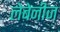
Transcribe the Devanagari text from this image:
लेबेनीज